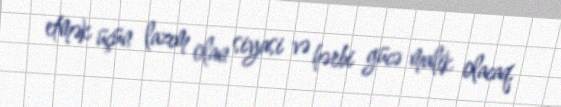
etmək üçün lazım olan siyasi və hərbi gücə malik olacaq.